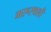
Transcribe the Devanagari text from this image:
मरूस्थली